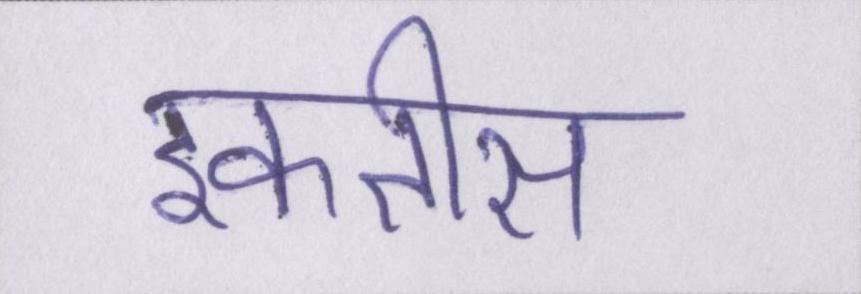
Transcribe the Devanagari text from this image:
इकतीस